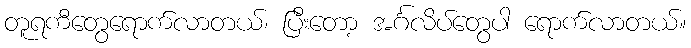
တူရကီတွေရောက်လာတယ်၊ ပြီးတော့ အင်္ဂလိပ်တွေပါ ရောက်လာတယ်။